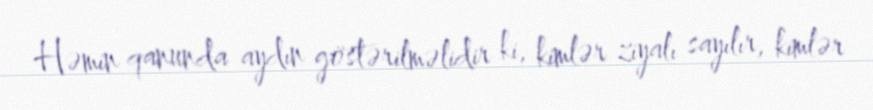
Həmin qanunda aydın göstərilməlidir ki, kimlər ziyalı sayılır, kimlər